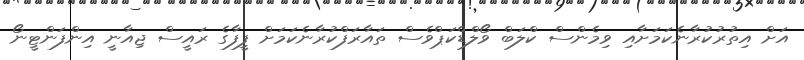
އަށް އިތުރުކުރާނެކަމަށާއި ވިމެންސް ކްލަބް ވޯލްޑްކަޕްވެސް ތައާރަފްކުރާނެކަމަށް ފީފާގެ ރައީސް ޖިއާނީ އިންފަންޓީނޯ